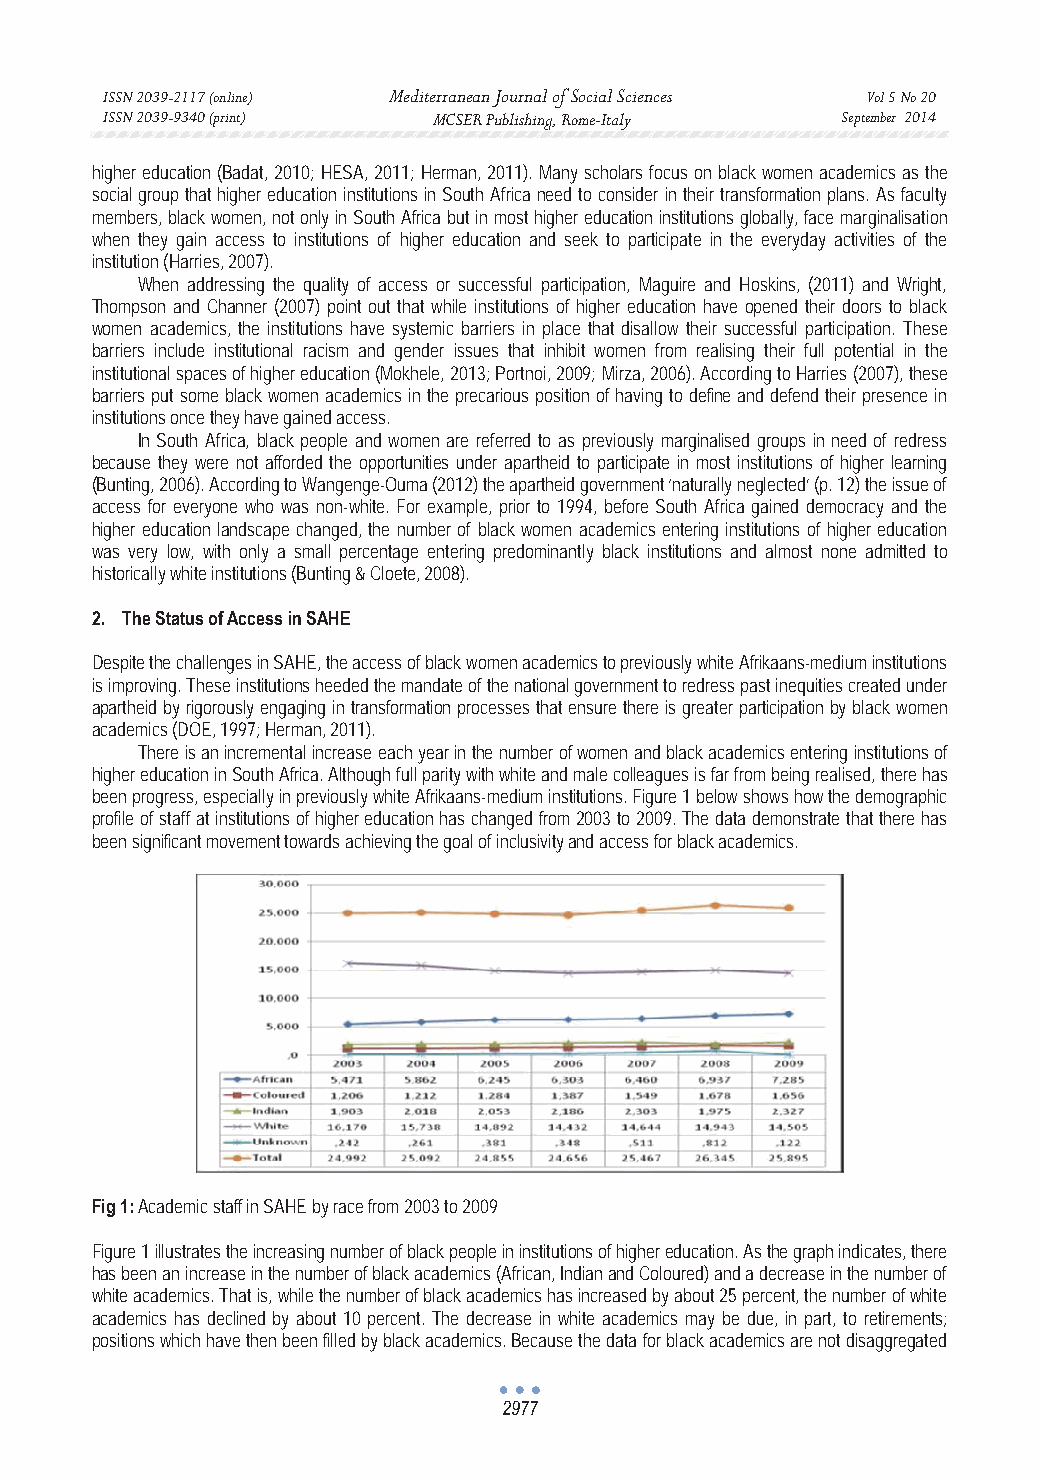
ISSN 2039-2117 (online) Mediterranean Journal of Social Sciences Vol 5 No 20
 ISSN 2039-9340 (print) MCSER Publishing, Rome-Italy September 2014
 higher education (Badat, 2010; HESA, 2011; Herman, 2011). Many scholars focus on black women academics as the
 social group that higher education institutions in South Africa need to consider in their transformation plans. As faculty
 members, black women, not only in South Africa but in most higher education institutions globally, face marginalisation
 when they gain access to institutions of higher education and seek to participate in the everyday activities of the
 institution (Harries, 2007).
 When addressing the quality of access or successful participation, Maguire and Hoskins, (2011) and Wright,
 Thompson and Channer (2007) point out that while institutions of higher education have opened their doors to black
 women academics, the institutions have systemic barriers in place that disallow their successful participation. These
 barriers include institutional racism and gender issues that inhibit women from realising their full potential in the
 institutional spaces of higher education (Mokhele, 2013; Portnoi, 2009; Mirza, 2006). According to Harries (2007), these
 barriers put some black women academics in the precarious position of having to define and defend their presence in
 institutions once they have gained access.
 In South Africa, black people and women are referred to as previously marginalised groups in need of redress
 because they were not afforded the opportunities under apartheid to participate in most institutions of higher learning
 (Bunting, 2006). According to Wangenge-Ouma (2012) the apartheid government ‘naturally neglected’ (p. 12) the issue of
 access for everyone who was non-white. For example, prior to 1994, before South Africa gained democracy and the
 higher education landscape changed, the number of black women academics entering institutions of higher education
 was very low, with only a small percentage entering predominantly black institutions and almost none admitted to
 historically white institutions (Bunting & Cloete, 2008).
 2. The Status of Access in SAHE
 Despite the challenges in SAHE, the access of black women academics to previously white Afrikaans-medium institutions
 is improving. These institutions heeded the mandate of the national government to redress past inequities created under
 apartheid by rigorously engaging in transformation processes that ensure there is greater participation by black women
 academics (DOE, 1997; Herman, 2011).
 There is an incremental increase each year in the number of women and black academics entering institutions of
 higher education in South Africa. Although full parity with white and male colleagues is far from being realised, there has
 been progress, especially in previously white Afrikaans-medium institutions. Figure 1 below shows how the demographic
 profile of staff at institutions of higher education has changed from 2003 to 2009. The data demonstrate that there has
 been significant movement towards achieving the goal of inclusivity and access for black academics.
 Fig 1: Academic staff in SAHE by race from 2003 to 2009
 Figure 1 illustrates the increasing number of black people in institutions of higher education. As the graph indicates, there
 has been an increase in the number of black academics (African, Indian and Coloured) and a decrease in the number of
 white academics. That is, while the number of black academics has increased by about 25 percent, the number of white
 academics has declined by about 10 percent. The decrease in white academics may be due, in part, to retirements;
 positions which have then been filled by black academics. Because the data for black academics are not disaggregated
 2977